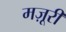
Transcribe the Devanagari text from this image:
मज़ूरी